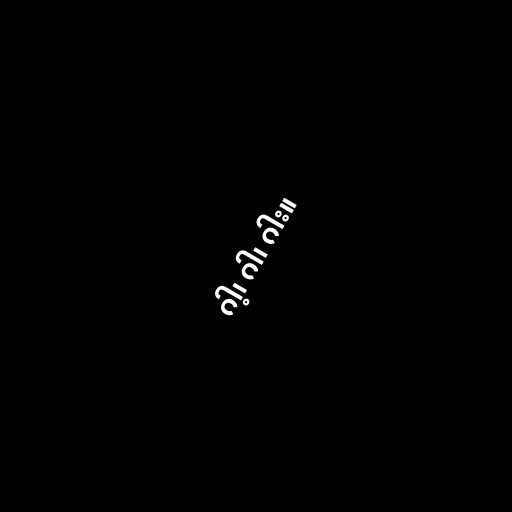
ဂါ့၊ ဂါ၊ ဂါး။